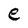
Character: e